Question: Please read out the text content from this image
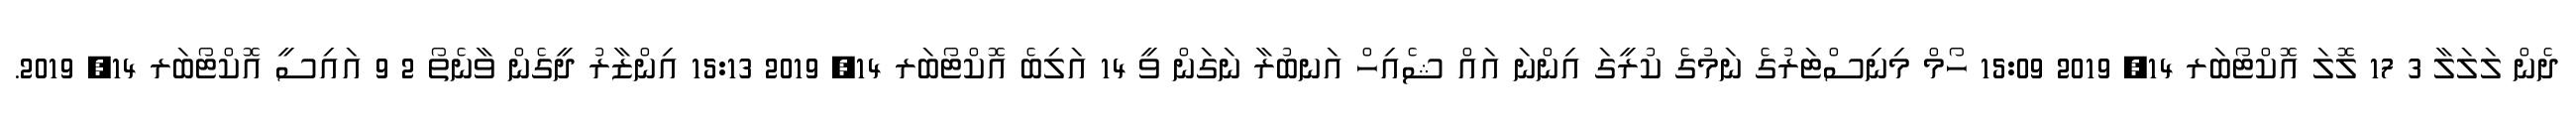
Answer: ދެން ލަލަލާ 3 17 ލޮލަ އޮކްޓޯބަރ 14, 2019 15:09 ހޯމް މިނިސްޓަރުގެ ނަމުގެ ކުރީގަ އިންނަ އައް ޝެއިހް އަނބުރާ ނަގަން ވީ 14 އަލިބެ އޮކްޓޯބަރ 14, 2019 15:13 އިންޒާރު ދީގެން ވާނެތޯ 2 9 އައިސީ އޮކްޓޯބަރ 14, 2019.